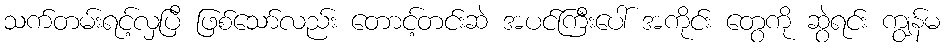
သက်တမ်းရင့်လှပြီ ဖြစ်သော်လည်း တောင့်တင်းဆဲ အပင်ကြီးပေါ် အကိုင်း တွေကို ဆွဲရင်း ကျွန်မ